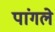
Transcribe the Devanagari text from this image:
पांगले